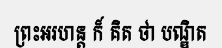
ព្រះអរហន្ត ក៏ គិត ថា បណ្ឌិត